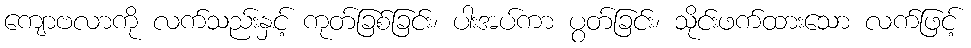
ကျောဗလာကို လက်သည်းနှင့် ကုတ်ခြစ်ခြင်း၊ ပါးအပ်ကာ ပွတ်ခြင်း၊ သိုင်းဖက်ထားသော လက်ဖြင့်